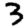
Digit: 3